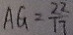
A G = \frac { 2 2 } { 1 7 }